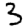
Digit: 3